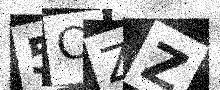
Text: 5CZZ